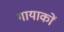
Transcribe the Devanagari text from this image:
गायाकों